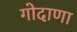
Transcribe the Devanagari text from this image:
गोदाणा